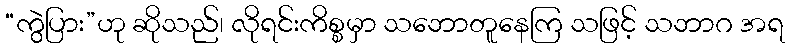
“ကွဲပြား”ဟု ဆိုသည်၊ လိုရင်းကိစ္စမှာ သဘောတူနေကြ သဖြင့် သဘာဂ အရ